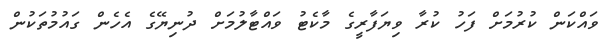
ވައްކަން ކުރުމަށް ފަހު ކުރާ ވިޔަފާރީގެ މާކެޓު ވައްޓާލުމަށް ދުނިޔޭގެ އެހެން ގައުމުތަކުން